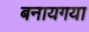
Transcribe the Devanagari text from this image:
बनायगया